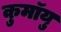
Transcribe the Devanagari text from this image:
कुमॉयु